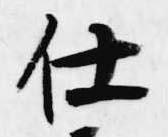
仕